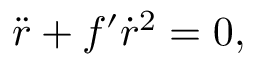
\ddot { r } + f ^ { \prime } \dot { r } ^ { 2 } = 0 ,